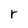
Character: r